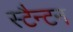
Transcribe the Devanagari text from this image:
स्टैन्टन